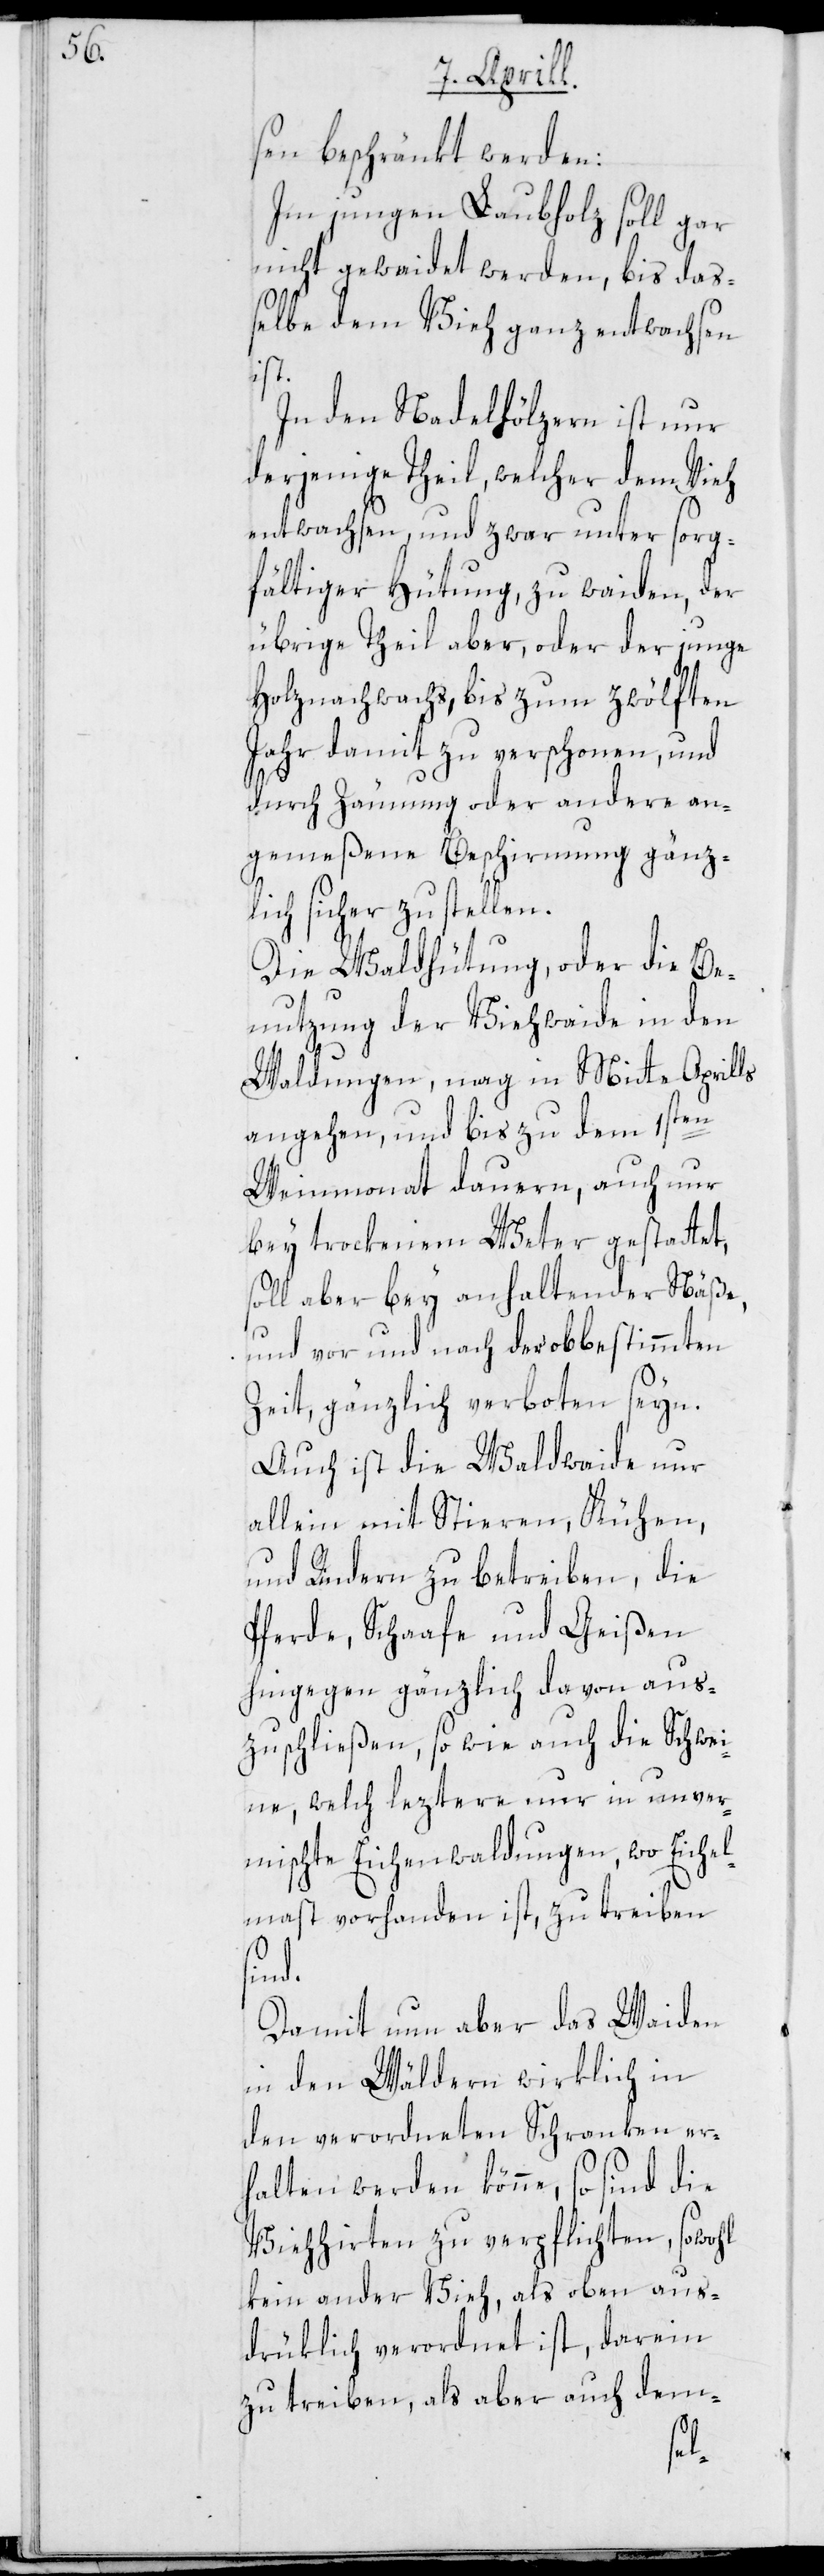
sen beschränkt werden:
Im jungen Laubholz soll gar
nicht gewaidet werden, bis das¬
selbe dem Vieh ganz entwachsen
ist.
In den Nadelhölzern ist nur
derjenige Theil, welcher dem Vieh
entwachsen, und zwar unter sorg¬
fältiger Hütung, zu waiden, der
übrige Theil aber, oder der junge
Holznachwachs, bis zum zwölften
Jahr damit zu verschonen, und
durch Zäunung oder andere an¬
gemeßene Beschirmung gänz¬
lich sicher zu stellen.
Die Waldhütung, oder die Be¬
nutzung der Viehwaide in den
Waldungen, mag in Mitte Aprills
angehen, und bis zu dem 1sten
Weinmonat dauern, auch nur
bey trockenem Weter gestattet,
soll aber bey anhaltender Näße,
und vor und nach der obbestimmten
Zeit, gänzlich verboten seyn.
Auch ist die Waldwaide nur
allein mit Stieren, Kühen
und Rindern zu betreiben, die
Pferde, Schaafe und Geißen
hingegen gänzlich davon aus¬
zuschließen, so wie auch die Schwei¬
ne, welch letztere nur in unver¬
mischte Eichenwaldungen, wo Eichel¬
mast vorhanden ist, zu treiben
sind.
Damit nun aber das Waiden
in den Wäldern wirklich in
den verordneten Schranken er¬
halten werden könne, so sind die
Viehhirten zu verpflichten, sowohl
kein ander Vieh, als oben aus¬
drüklich verordnet ist, darein
zu treiben, als aber auch dem-